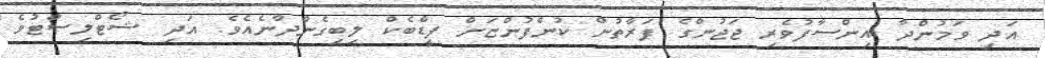
އަދި ވަމުންދާ އިންސާފުވެރި ޖަޖުންގެ ފަރާތުން ކުންފުންޏަށް ފީޑްބެކް ލިބިގެންދާނެއެވެ. އަދި ޝޯޓްލިސްޓުވެ